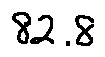
8 2 . 8